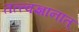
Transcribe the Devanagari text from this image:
तत्त्वज्ञानात्